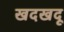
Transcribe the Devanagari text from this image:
खदखदू